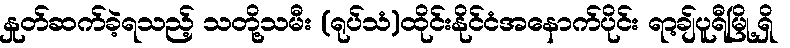
နှုတ်ဆက်ခဲ့ရသည့် သတို့သမီး (ရုပ်သံ)ထိုင်းနိုင်ငံအနောက်ပိုင်း ရာ့ချ်ပူရီမြို့ရှိ